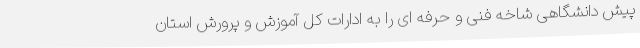
پیش دانشگاهی شاخه فنی و حرفه ای را به ادارات کل آموزش و پرورش استان